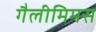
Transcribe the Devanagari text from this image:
गैलीमिमस